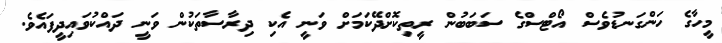
މީހާގެ ހަންގަނޑުވެސް އޯޓްސްގެ ސަބަބުން ރީތިކޮށްދޭކަމަށް ވަނީ އެކި ދިރާސާތަކުން ވަނީ ދައްކުވައިދީފައެވެ.